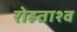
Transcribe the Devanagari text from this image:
रोहताश्व